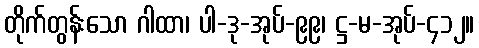
တိုက်တွန်းသော ဂါထာ၊ ပါ-ဒု-အုပ်-၉၉၊ ဋ္ဌ-မ-အုပ်-၄၁၂။